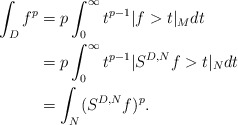
\begin{align*}\int_D f^p &= p \int_0^\infty t^{p-1} |f > t|_M dt \\&= p \int_0^\infty t^{p-1} |S^{D, N} f > t|_N dt \\&= \int_{N} (S^{D,N} f)^p . \end{align*}